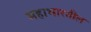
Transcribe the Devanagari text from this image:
महाभारतील